Preparation of a safe and efficient antirabic vaccine - Number 44
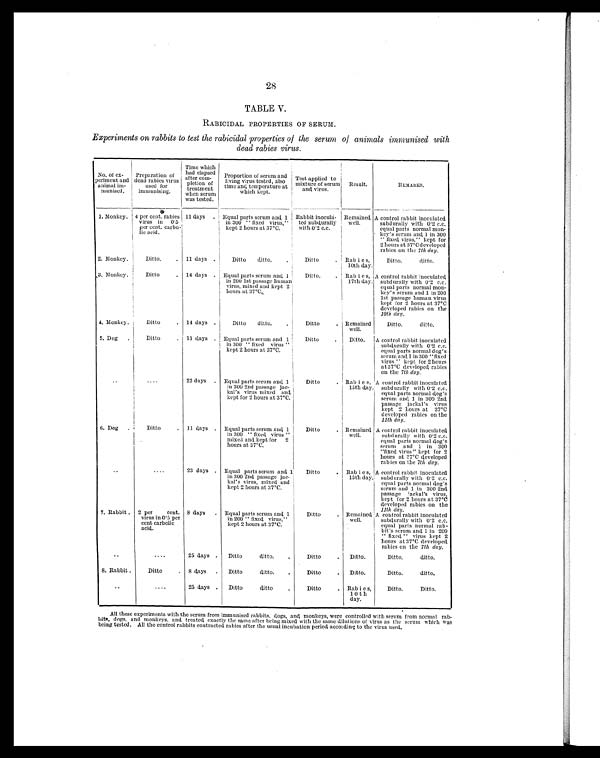
28
TABLE V.
RABICIDAL PROPERTIES OF SERUM.
Experiments on rabbits to test the rabicidal properties of the serum of animals immunised with
dead rabies virus.
No. of ex-
periment and
animal im-
munised.
Preparation of
dead rabies virus
used for
immunising.
Time which
had elapsed.
after com-
pletion of
treatment
when serum
was tested.
Proportion of serum and
living virus tested, also
time and temperature at
which kept.
Test applied to
mixture of serum
and virus.
Result.
REMARKS.
1. Monkey. 4 per cent. rabies
virus in 0.5
per cent. carbo-
lic acid.
11 days
Equal parts serum and, 1
in 300 " fixed virus,"
kept 2 hours at 37°C.
Rabbit inocula-
ted subdurally
with 0.2 c.c.
Remained,
well.
A control rabbit inoculated
subdurally with 0.2 c.c.
equal parts normal mon-
key's serum and 1 in 300
" fixed, virus," kept for
2 hours at 37°C developed
rabies on the 7th day.
2. Monkey.
Ditto.
. 11 days .
Ditto ditto.
Ditto
. . Rabies,
10th day.
Ditto. ditto.
3. Monkey.
Ditto
. 14 days . Equal parts serum and 1
in 200 1st passage human
virus, mixed and kept 2
hours at 37°C
Ditto
. Rabies,
17th day.
A control rabbit inoculated
subdurally with 0.2 c.c.
equal parts normal mon-
key's serum and 1 in 200
1st passage human virus
kept for 2 hours at 37°C
developed rabies on the
10th day.
4. Monkey.
Ditto
. 14 days .
Ditto ditto.
Ditto
. Remained
well.
Ditto. ditto.
5. Dog
Ditto
. 11 days . Equal parts serum and 1
in 300 " fixed virus "
kept 2 hours at 37°C.
Ditto
.
Ditto.
A control rabbit inoculated
subdurally with 0.2 c.c.
equal parts normal dog's
serum and 1 in 300 "fixed
virus " kept for 2 hours
at 37°C developed rabies
on the 7th day.
..
....
23 days . Equal parts serum and 1
in 300 2nd passage jac-
kal's virus mixed and
kept for 2 hours at 37°C.
Ditto
. Rabies,
15th day.
A control rabbit inoculated
subdurally with 0.2 c.c.
equal parts normal dog's
serum and 1 in 300 2nd
passage jackal's virus
kept 2 hours at 37°C
developed rabies on the
11th day.
6. Dog
Ditto
. 11 days . Equal parts serum and 1
in 300 " fixed, virus "
mixed and kept for 2
hours at 37°C.
Ditto
. Remained
well.
A control rabbit inoculated
subdurally with 0.2 c.c.
equal parts normal dog's
serum and 1 in 300
"fixed virus" kept for 2
hours at 37°C developed
rabies on the 7th day.
..
....
23 days . Equal parts serum and 1
in 300 2nd. passage jac-
kal's virus, mixed and
kept 2 hours at 37°C.
Ditto
. Rabies,
15th day.
A c o n t r o l r a b b i t i n o c u l a t e d
subdurally with 0.2 c.c.
equal parts normal dog's
serum and 1 in 300 2nd
passage jackal's virus,
kept for 2 hours at 37°C
developed rabies on the
11th day.
7. Rabbit. 2 per cent.
virus in 0.5 per
cent carbolic
acid.
8 days
. Equal parts serum and 1
in 200 " fixed, virus,"
kept 2 hours at 37°C.
Ditto
. Remained
well
.
A control rabbit inoculated
subdurally with 0.2 c.c.
equal parts normal rab-
bit's serum and 1 in 200
fixed " virus kept 2
hours at 37°C developed
rabies on the 7th day.
. .
....
25 days .
Ditto ditto
.
Ditto
.
Ditto.
Ditto. ditto.
8. Rabbit.
Ditto
. 8 days .
Ditto ditto
.
Ditto
.
Ditto.
Ditto. ditto.
. .
....
25 days .
Ditto ditto
.
Ditto
. Rabies,
10 th
day.
Ditto. Ditto.
All these experiments with the serum from immunised rabbits, dogs, and, monkeys, were controlled with serum from normal rab-
bits, dogs, and monkeys, and treated exactly the same after being mixed with the same dilutions of virus as the serum which was
being tested. All the control rabbits contracted rabies after the usual incubation period according to the virus used.